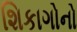
શિકાગોનો